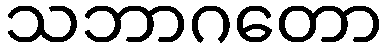
သဘာဂတော